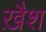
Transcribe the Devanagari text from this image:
ख़ैश